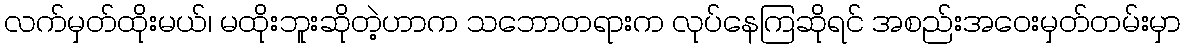
လက်မှတ်ထိုးမယ်၊ မထိုးဘူးဆိုတဲ့ဟာက သဘောတရားက လုပ်နေကြဆိုရင် အစည်းအဝေးမှတ်တမ်းမှာ